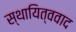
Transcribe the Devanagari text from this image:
स्थायित्ववाद